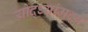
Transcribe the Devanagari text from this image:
योद्ध्यांमध्ये